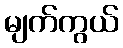
မျက်ကွယ်